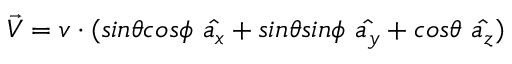
\Vec { V } = v \cdot ( s i n \theta c o s \phi \ \hat { a _ { x } } + s i n \theta s i n \phi \ \hat { a _ { y } } + c o s \theta \ \hat { a _ { z } } )